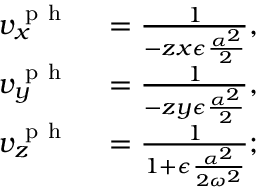
\begin{array} { r l } { v _ { x } ^ { \mathrm { ~ p ~ h ~ } } } & { { } = \frac { 1 } { - z x \epsilon \frac { \alpha ^ { 2 } } { 2 } } , } \\ { v _ { y } ^ { \mathrm { ~ p ~ h ~ } } } & { { } = \frac { 1 } { - z y \epsilon \frac { \alpha ^ { 2 } } { 2 } } , } \\ { v _ { z } ^ { \mathrm { ~ p ~ h ~ } } } & { { } = \frac { 1 } { 1 + \epsilon \frac { \alpha ^ { 2 } } { 2 \omega ^ { 2 } } } ; } \end{array}